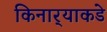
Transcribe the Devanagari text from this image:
किनार्‍याकडे